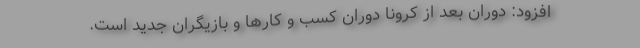
افزود: دوران بعد از کرونا دوران کسب و کارها و بازیگران جدید است.